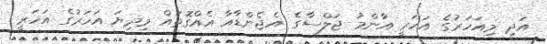
އަދި މިއަހަރުގެ އަހަރީ އާންމު ޖަލްސާގެ އެޖެންޑާއާ އެއްގޮތައް މިދިޔަ އަހަރުގެ އަހަރީ